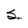
Character: S